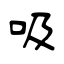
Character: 吸